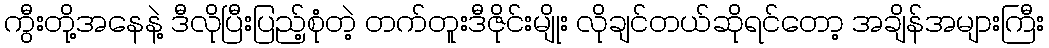
ကွီးတို့အနေနဲ့ ဒီလိုပြီးပြည့်စုံတဲ့ တက်တူးဒီဇိုင်းမျိုး လိုချင်တယ်ဆိုရင်တော့ အချိန်အများကြီး